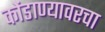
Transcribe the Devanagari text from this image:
कोंडाण्यावरचा